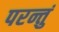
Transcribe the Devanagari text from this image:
परन्तुं